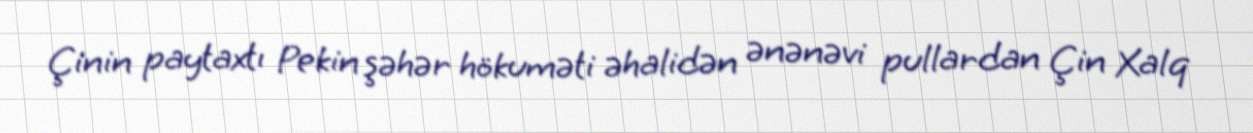
Çinin paytaxtı Pekin şəhər hökuməti əhalidən ənənəvi pullardan Çin Xalq